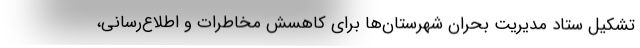
تشکیل ستاد مدیریت بحران شهرستان‌ها برای کاهسش مخاطرات و اطلاع‌رسانی،